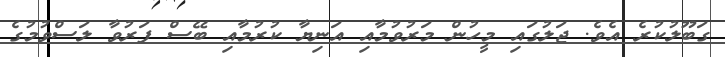
ގަބޫލުކުރެ އެވެ. ޖަލުގައި މީހުން މަރުވުމާއި އަނިޔާ ކުރުމާއި ބޭސް ފަރުވާ ލަސްވުމުގެ